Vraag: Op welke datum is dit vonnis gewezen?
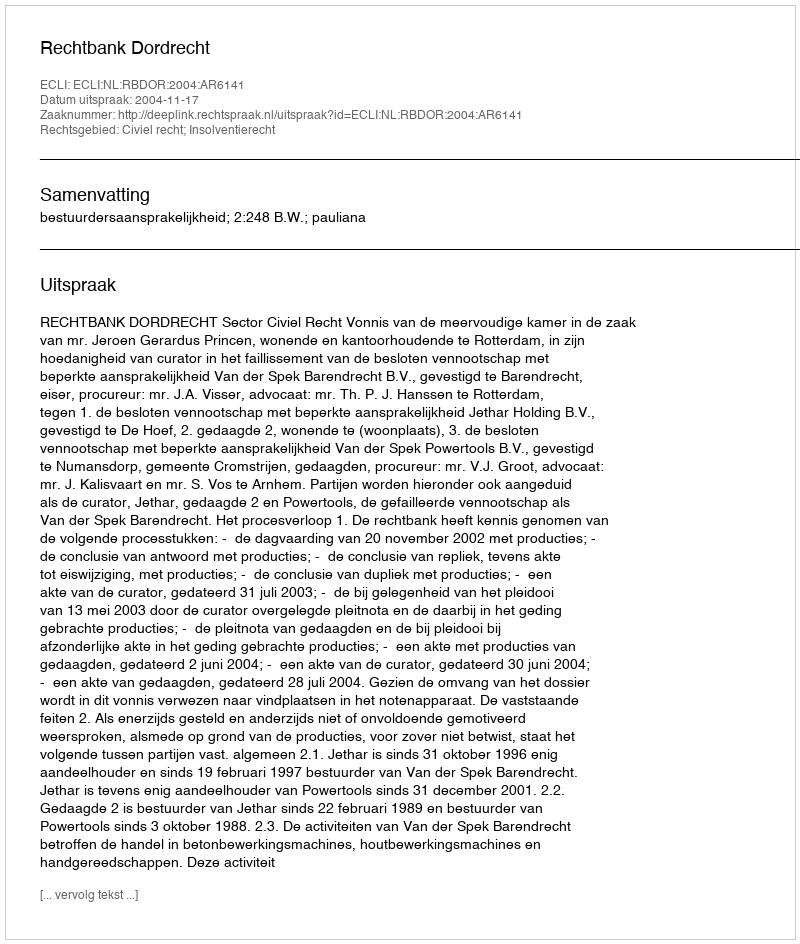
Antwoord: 2004-11-17